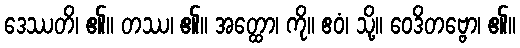
ဒေဿတိ၊ ၏။ တဿ၊ ၏။ အတ္ထော၊ ကို။ ဧဝံ၊ သို့။ ဝေဒိတဗ္ဗော၊ ၏။